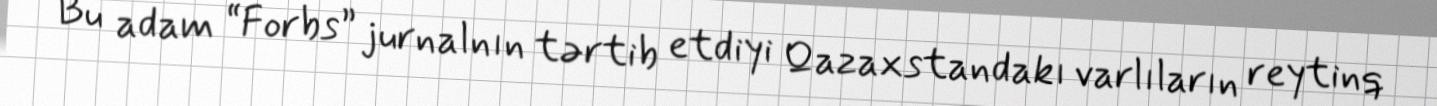
Bu adam “Forbs” jurnalnın tərtib etdiyi Qazaxstandakı varlıların reytinq